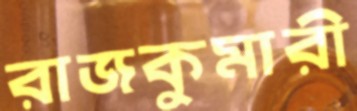
রাজকুমারী